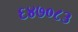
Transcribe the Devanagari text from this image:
६४७०८३